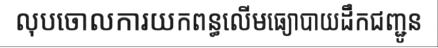
លុបចោលការយកពន្ធលើមធ្យោបាយដឹកជញ្ជូន